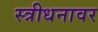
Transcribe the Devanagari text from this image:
स्त्रीधनावर